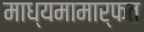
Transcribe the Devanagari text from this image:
माध्यमामार्फत